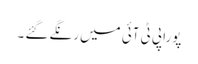
پورا پی ٹی آئی میں رنگے گئے ۔